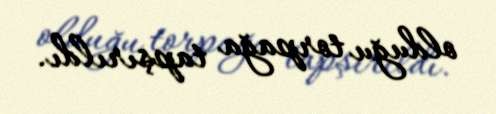
olduğu torpağa tapşırıldı.